Leaving Certificate, 1901
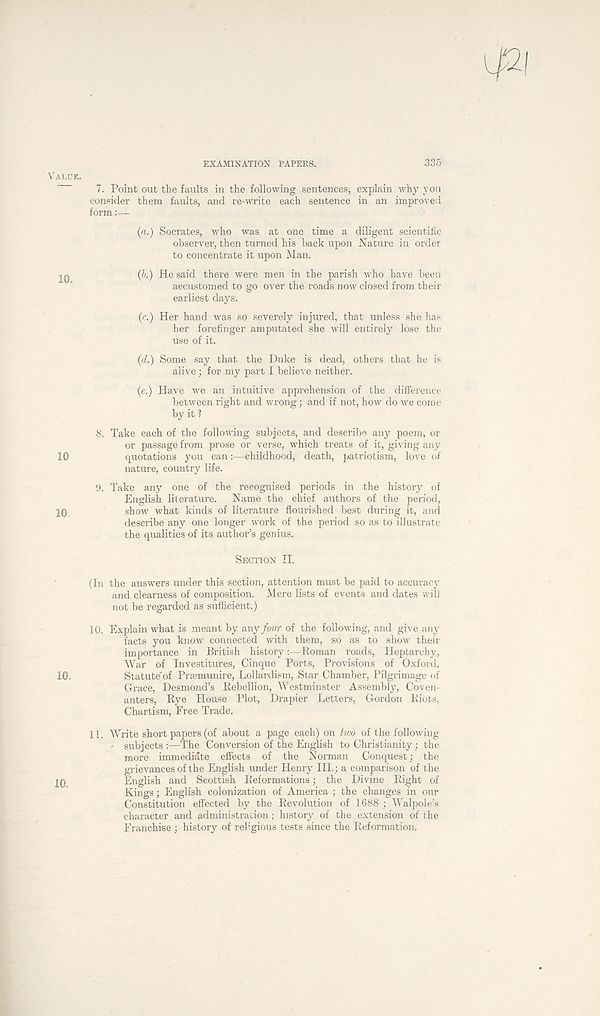
EXAMINATION PAPERS.
335
7. Point out the faults in the following sentences; explain why you
consider them faults, and re-write each sentence in an improved
form
(a.) Socrates, who was at one time a diligent scientific
observer, then turned his back upon Nature in order
to concentrate it upon Man.
(6.) He said there were men in the parish who have been
accustomed to go over the roads now closed from their
earliest days.
(c.) Her hand was so severely injured, that unless she has
her forefinger amputated she will entirely lose the
use of it.
{d.) Some say that the Duke is dead, others that he is
alive; for my part I believe neither.
(e.) Have we an intuitive apprehension of the difference
between right and wrong; and if not, how do we come
by it 1
8. Take each of the following subjects, and describe any poem, or
or passage from prose or verse, which treats of it, giving any
quotations you can:—childhood, death, patriotism, love of
nature, country life.
9. Take any one of the recognised periods in the history of
English literature.
Name the chief authors of the period,
show what kinds of literature flourished best during it, and
describe any one longer work of the period so as to illustrate
the qualities of its author’s genius.
SECTION II.
(In the answers under this section, attention must be paid to accuracy
and clearness of composition. Mere lists of events and dates will
not be regarded as sufficient.)
10. Explain what is meant by any four of the following, and give any
facts you know connected with them, so as to show their
importance in British history:—Roman roads, Heptarchy,
War of Investitures, Cinque Ports, Provisions of Oxford,
Statute'of Praemunire, Lollardism, Star Chamber, Pilgrimage of
Grace, Desmond’s Rebellion, Westminster Assembly, Coven-
anters, Rye House Plot, Drapier Letters, Gordon Riots,
Chartism, Free Trade.
11. Write short papers (of about a page each) on two of the following
- subjects:—The Conversion of the English to Christianity; the
more immediate effects of the Norman Conquest; the
grievances of the English under Henry IIP; a comparison of the
English and Scottish Reformations; the Divine Right of
Kings; English colonization of America ; the changes in our
Constitution effected by the Revolution of 1688 ; Walpole’s
character and administration; history of the extension of the
Franchise ; history of religious tests since the Reformation.